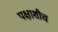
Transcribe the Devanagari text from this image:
पक्षाशीच